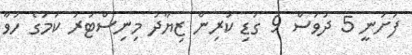
ފަށަނީ 5 ދުވަސް 9 ގަޑި ކުރިން ޒިޔާދު މިނިސްޓަރު ކަމުގެ ހުވާ